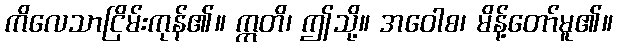
ကိလေသာငြိမ်းကုန်၏။ ဣတိ၊ ဤသို့။ အဝေါစ၊ မိန့်တော်မူ၏။